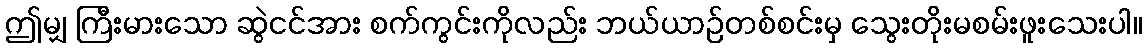
ဤမျှ ကြီးမားသော ဆွဲငင်အား စက်ကွင်းကိုလည်း ဘယ်ယာဉ်တစ်စင်းမှ သွေးတိုးမစမ်းဖူးသေးပါ။